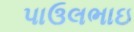
પાઉલભાઇ